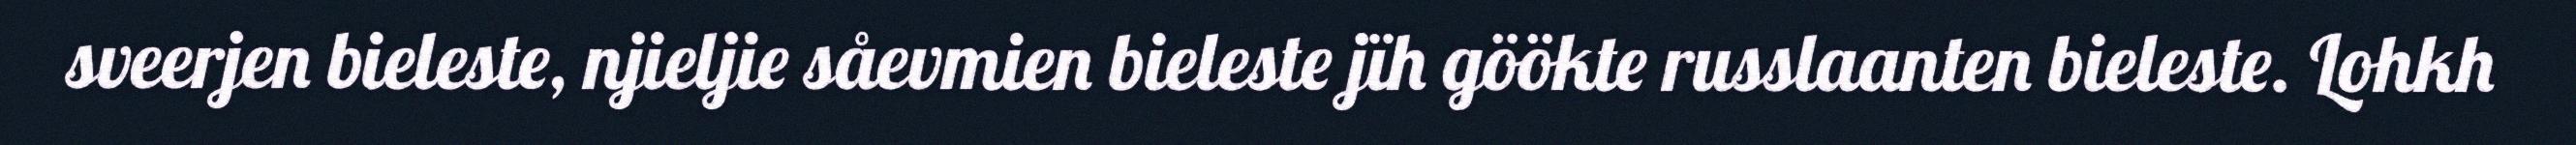
sveerjen bieleste, njieljie såevmien bieleste jïh göökte russlaanten bieleste. Lohkh